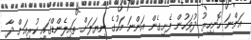
އަންނަ ހޮނިހިރު ދުވަހުން ފެށިގެން އަންނަ މަހުގެ ނިޔަލަށް ތައިލެންޑްގައި ކުރިއަށް ދާ